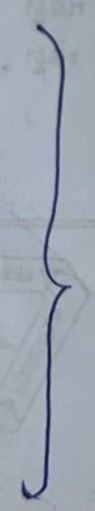
}